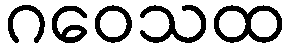
ဂဝေသထ